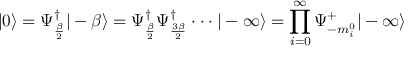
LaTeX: | 0 \rangle = \Psi _ { \frac { \beta } { 2 } } ^ { \dagger } | - \beta \rangle = \Psi _ { \frac { \beta } { 2 } } ^ { \dagger } \Psi _ { \frac { 3 \beta } { 2 } } ^ { \dagger } \cdot \cdot \cdot | - \infty \rangle = \prod _ { i = 0 } ^ { \infty } \Psi _ { - m _ { i } ^ { 0 } } ^ { + } | - \infty \rangle